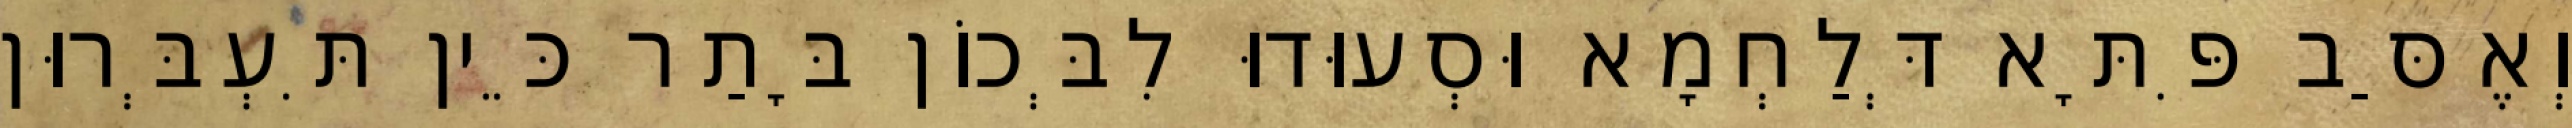
וְאֶסַּב פִּתָּא דְּלַחְמָא וּסְעוּדוּ לִבְּכוֹן בָּתַר כֵּין תִּעְבְּרוּן